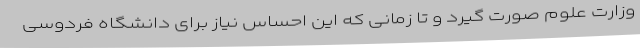
وزارت علوم صورت گیرد و تا زمانی که این احساس نیاز برای دانشگاه فردوسی